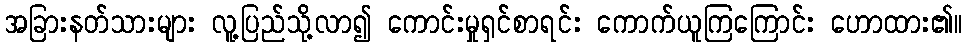
အခြားနတ်သားများ လူ့ပြည်သို့လာ၍ ကောင်းမှုရှင်စာရင်း ကောက်ယူကြကြောင်း ဟောထား၏။